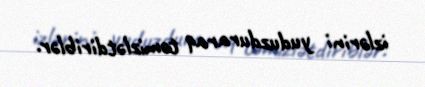
izlərini yuduzduraraq təmizlətdiriblər.